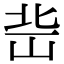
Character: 𡷒